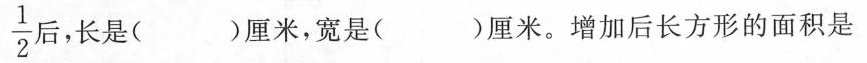
\frac{1}{2} 后，长是()厘米，宽是()厘米。增加后长方形的面积是